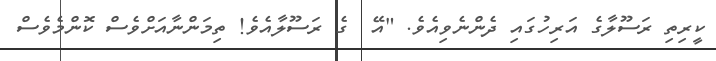
ކީރިތި ރަސޫލާގެ އަރިހުގައި ދެންނެވިއެވެ. "އޭ  ގެ ރަސޫލާއެވެ! ތިމަންނާއަށްވެސް ކޮންމެވެސް